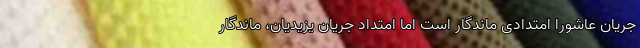
جریان عاشورا امتدادی ماندگار است اما امتداد جریان یزیدیان، ماندگار